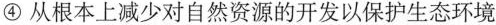
④从根本上减少对自然资源的开发以保护生态环境